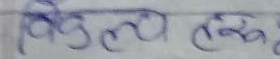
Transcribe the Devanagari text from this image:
बिमल तह